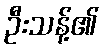
ဦးသန့်၏